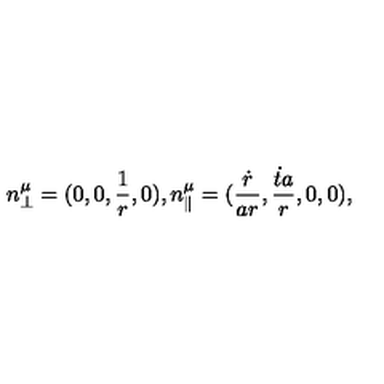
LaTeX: n _ { \perp } ^ { \mu } = ( 0 , 0 , \frac { 1 } { r } , 0 ) , n _ { \parallel } ^ { \mu } = ( \frac { \dot { r } } { a r } , \frac { \dot { t } a } { r } , 0 , 0 ) ,